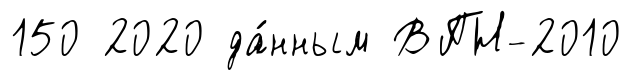
150 2020 да́нным ВПН-2010